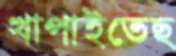
খাপাইতেছ